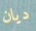
ديان